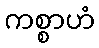
ကစ္စာဟံ